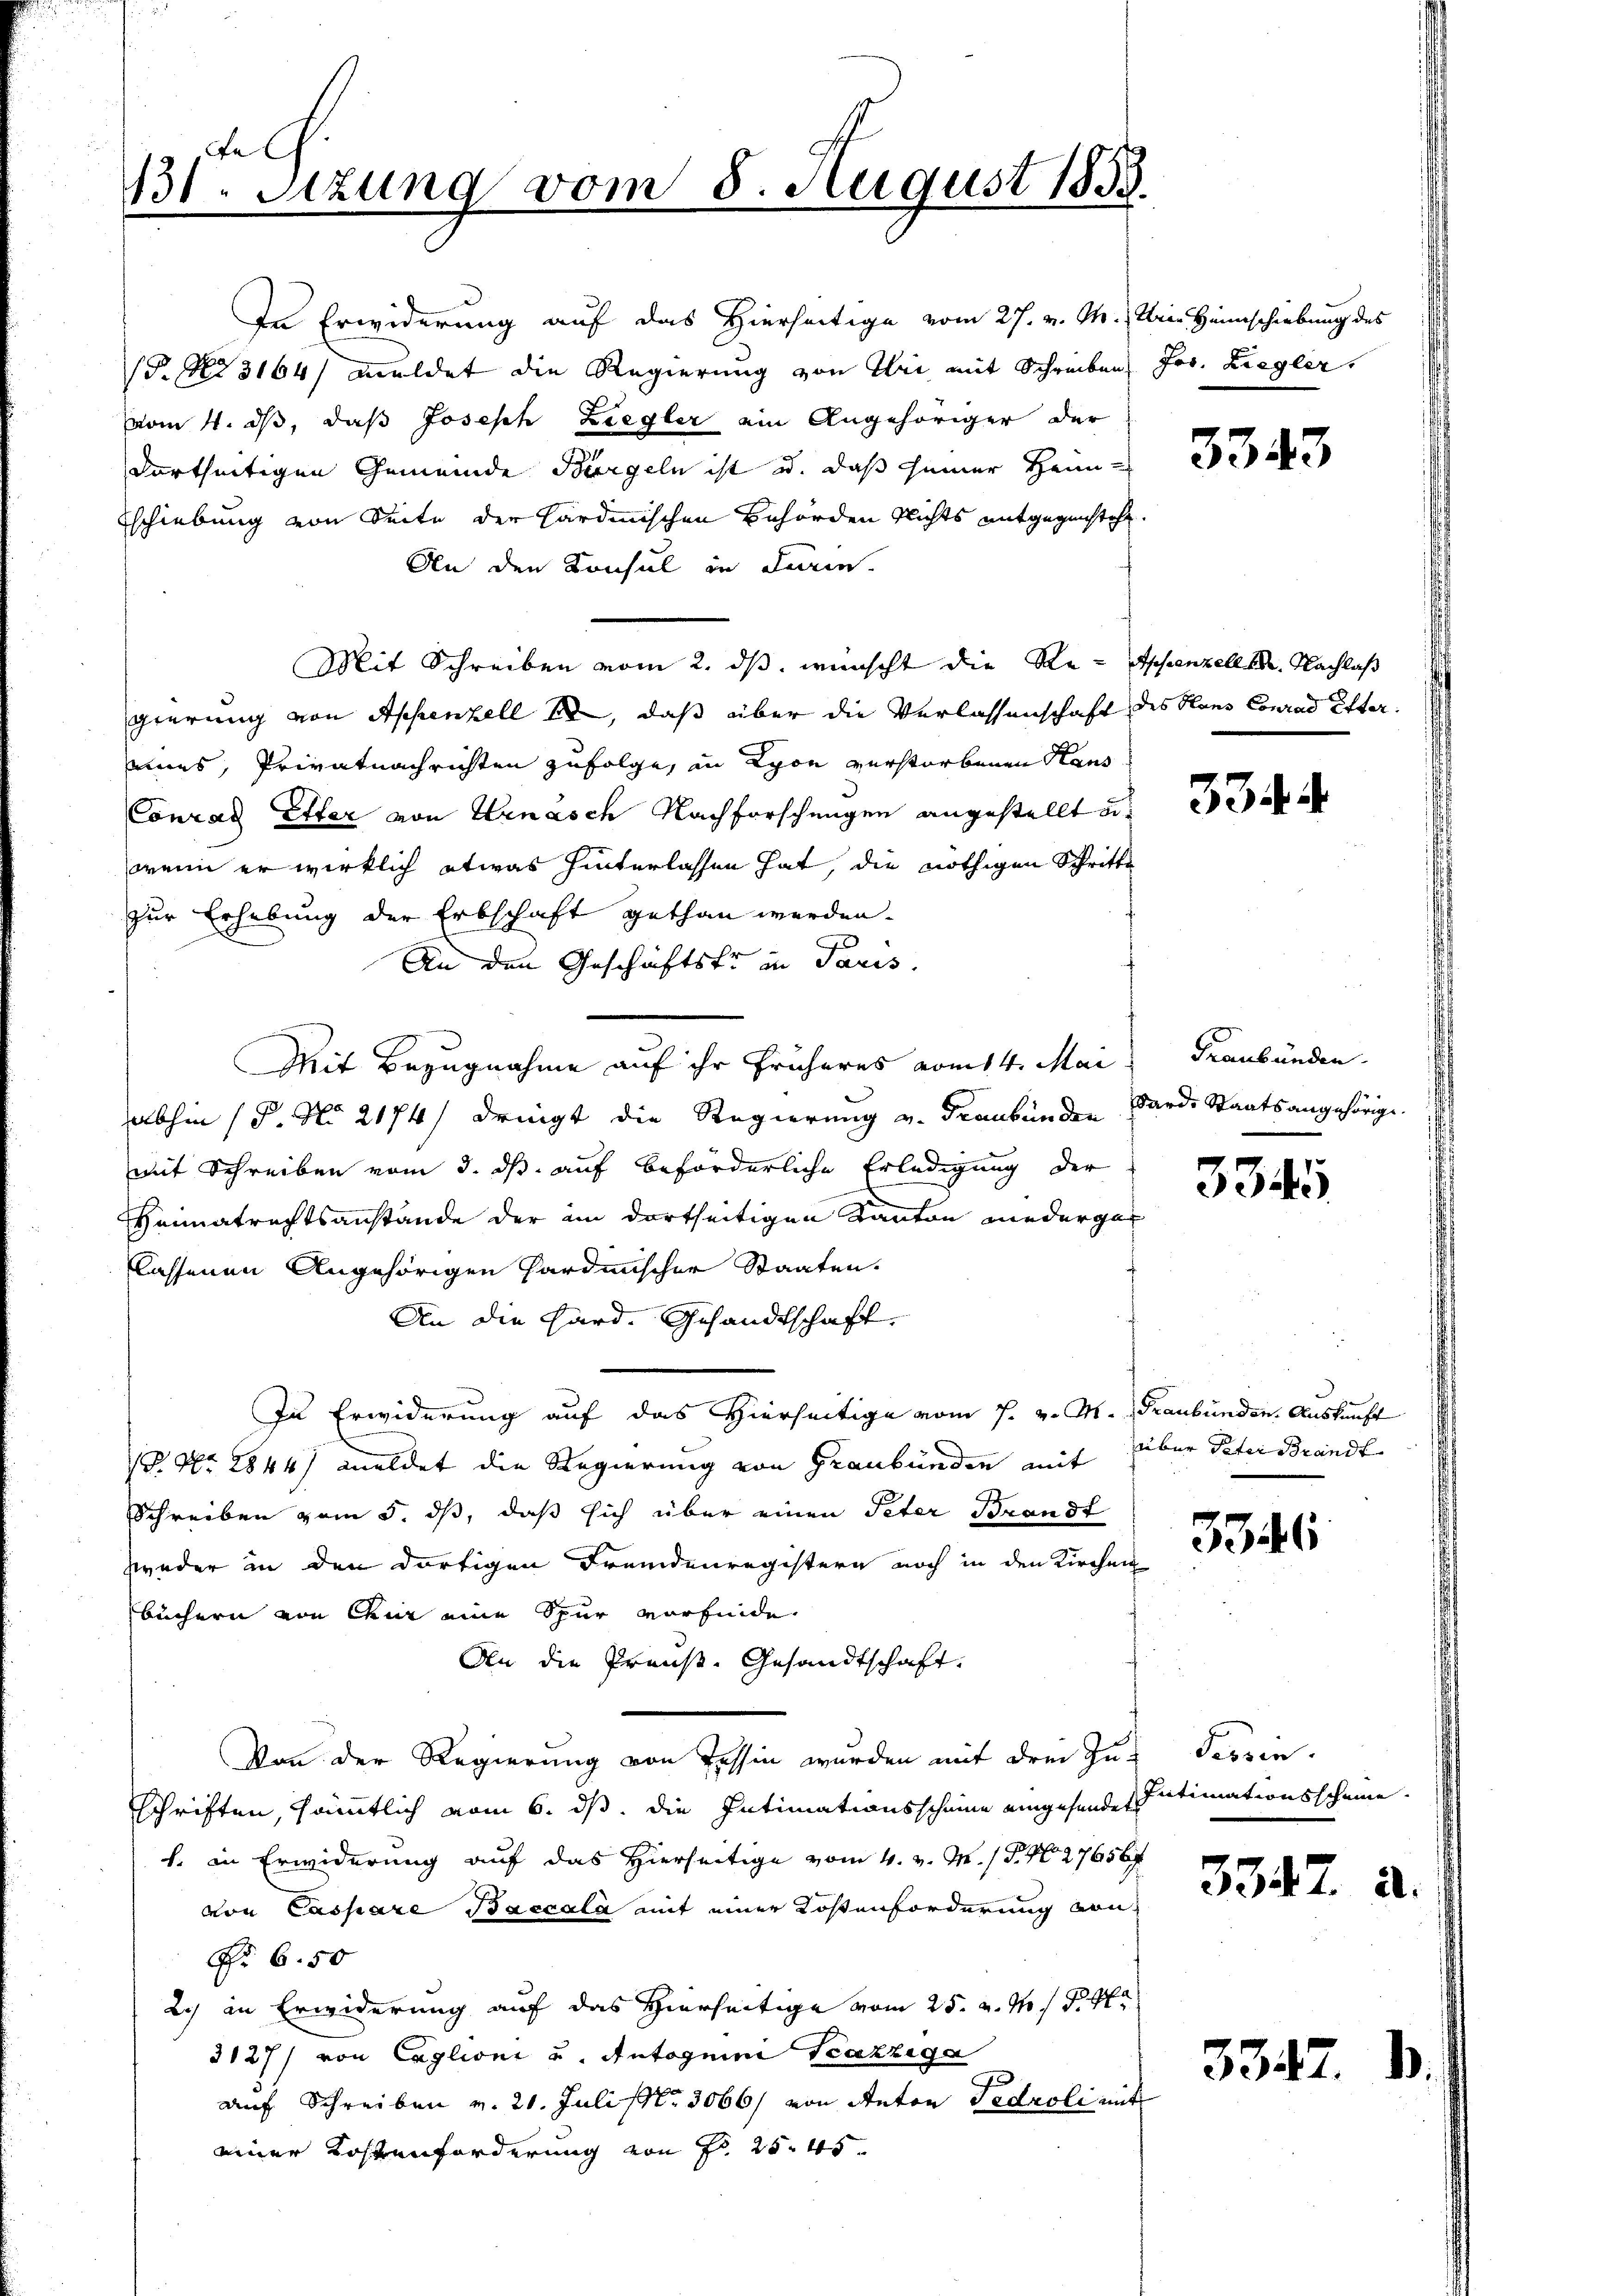
Fe
131. Setzung vom 8. August 1858.

In Erwiderung auf das Hierseitige vom 27. v. M., Uri Heimschiebung des
. No 3164) meldet die Regierung von Uri mit Schreiben Jos. Liegler.
vom 4. ds, daß Joseph Ziegler ein Angehöriger der
dartheitigen Gemeinde Bürgeln ist od. daß seiner Heimschiebung von Seite der Hardinischen Behörden Nichts mitgegensteht.
An den Konsul in darin.
Mit Schreiben vom 2. ds. wünscht die Re- Appenzellen. Nachlaß
gierung von Appenzell er, daß über die Verlassenschaft des Hans Conrad Ettereines, Privatnachrichten zufolge, in Lyon verstorbenen Haus
Conrad Etter von Hrnasch Nachforschungen angestellt u.
wenn er wirklich etwas hinterlassen hat, die nöthigen Schritte
zur Erhebung der Erbschaft gethan werden.
An den Geschäftsfr in Paris.
Mit Bezugnahme auf ihr früheres vom 14. Mai, Graubünden.
abhin (§. No 2174/ dringt die Regierung v. Graubünden
mit Schreiben vom 3. ds. auf beförderliche Erledigung der
Heimatrechtsanstände der im dortseitigen Kanton wiederger
lassenen Angehörigen Pardinischer Staaten,
An die Hard. Gesandtschaft
In Erwiderung auf das Hierseitige vom 1. v. M. Graubünden. Auskunft
 Nr. 2844) meldet die Regierung von Graubünden mit
Schreiben vom 5. dß, daß sich über einen Peter Brandt
zweder in den dortigen Fremdenregistern noch in den Kirchen
büchern von Chur eine Spur vorfinde
An die Preuß. Gesandtschaft.
Von der Regierung von Tessin wurden mit drei Jus Terrin.
schriften, sämmtlich vom 6. ds. die Intimationsscheine eingehende Intimationsscheine.
f. in Erwiderung auf das Hierseitige vom 4. v. M. / P. N. 27656
von Caspare Baccala mit einer Kostenforderung von
No 6.50
2) in Erwiderung auf das Hierseitige vom 25. v. M. P. M.
3127/ von Caglioni u. Antoguini Tcazziga
2
auf Schreiben v. 21. Juli (Nr. 3066/ von Anton Tedroli mit
einer Kostenforderung von Fr. 25. 45

3343

334. 4

Sarde Staatsangehörige

3345

über Peter Brandt

3346

3347. a.

3342

)